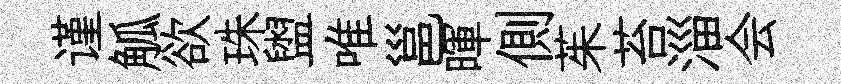
谨觚欲珠盥唯邕暉側茱苔淄会